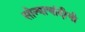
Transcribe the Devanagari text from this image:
सोन्याचांदीची